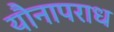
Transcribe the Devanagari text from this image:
यौनापराध